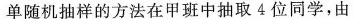
单随机抽样的方法在甲班中抽取 4 位同学，由